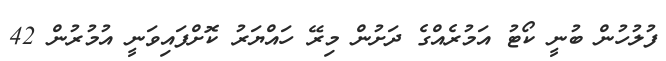
ފުލުހުން ބުނީ ކޯޓު އަމުރެއްގެ ދަށުން މިރޭ ހައްޔަރު ކޮށްފައިވަނީ އުމުރުން 42